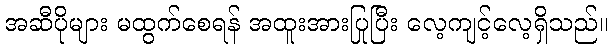
အဆီပိုများ မထွက်စေရန် အထူးအားပြုပြီး လေ့ကျင့်လေ့ရှိသည်။